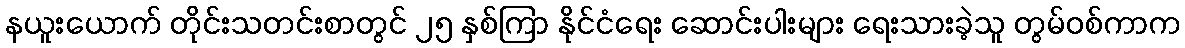
နယူးယောက် တိုင်းသတင်းစာတွင် ၂၅ နှစ်ကြာ နိုင်ငံရေး ဆောင်းပါးများ ရေးသားခဲ့သူ တွမ်ဝစ်ကာက